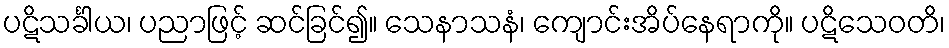
ပဋိသင်္ခါယ၊ ပညာဖြင့် ဆင်ခြင်၍။ သေနာသနံ၊ ကျောင်းအိပ်နေရာကို။ ပဋိသေဝတိ၊